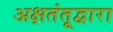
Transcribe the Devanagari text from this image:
अक्षतंतूद्वारा